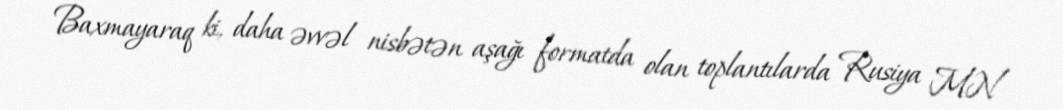
Baxmayaraq ki, daha əvvəl nisbətən aşağı formatda olan toplantılarda Rusiya MN